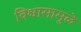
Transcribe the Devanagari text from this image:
विश्वासामुळे